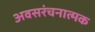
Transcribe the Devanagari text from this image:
अवसरंचनात्मक